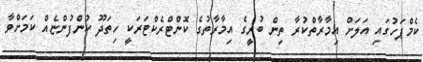
ކެމްޕަހުގައި އަލަށް އިމާރާތްކުރާ ތިން ބުރީގެ އިމާރާތުގެ ކޮންޓްރެކްޓަރަކީ ހިތަދޫ ކުންފުންޏެއް ކަމަށްވާ